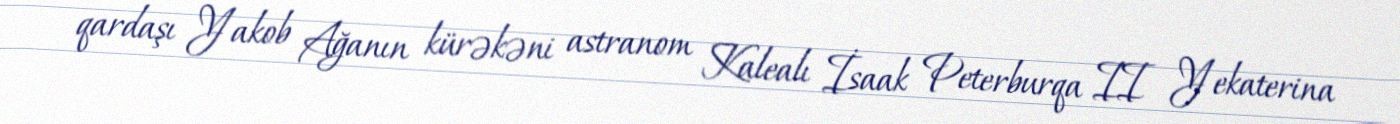
qardaşı Yakob Ağanın kürəkəni astranom Kalealı İsaak Peterburqa II Yekaterina